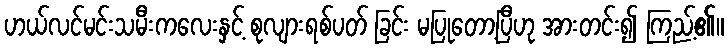
ဟယ်လင်မင်းသမီးကလေးနှင့် စုလျားရစ်ပတ် ခြင်း မပြုတော့ပြီဟု အားတင်း၍ ကြည့်၏။